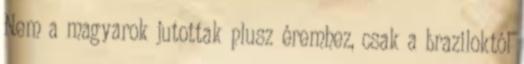
Nem a magyarok jutottak plusz éremhez, csak a braziloktól